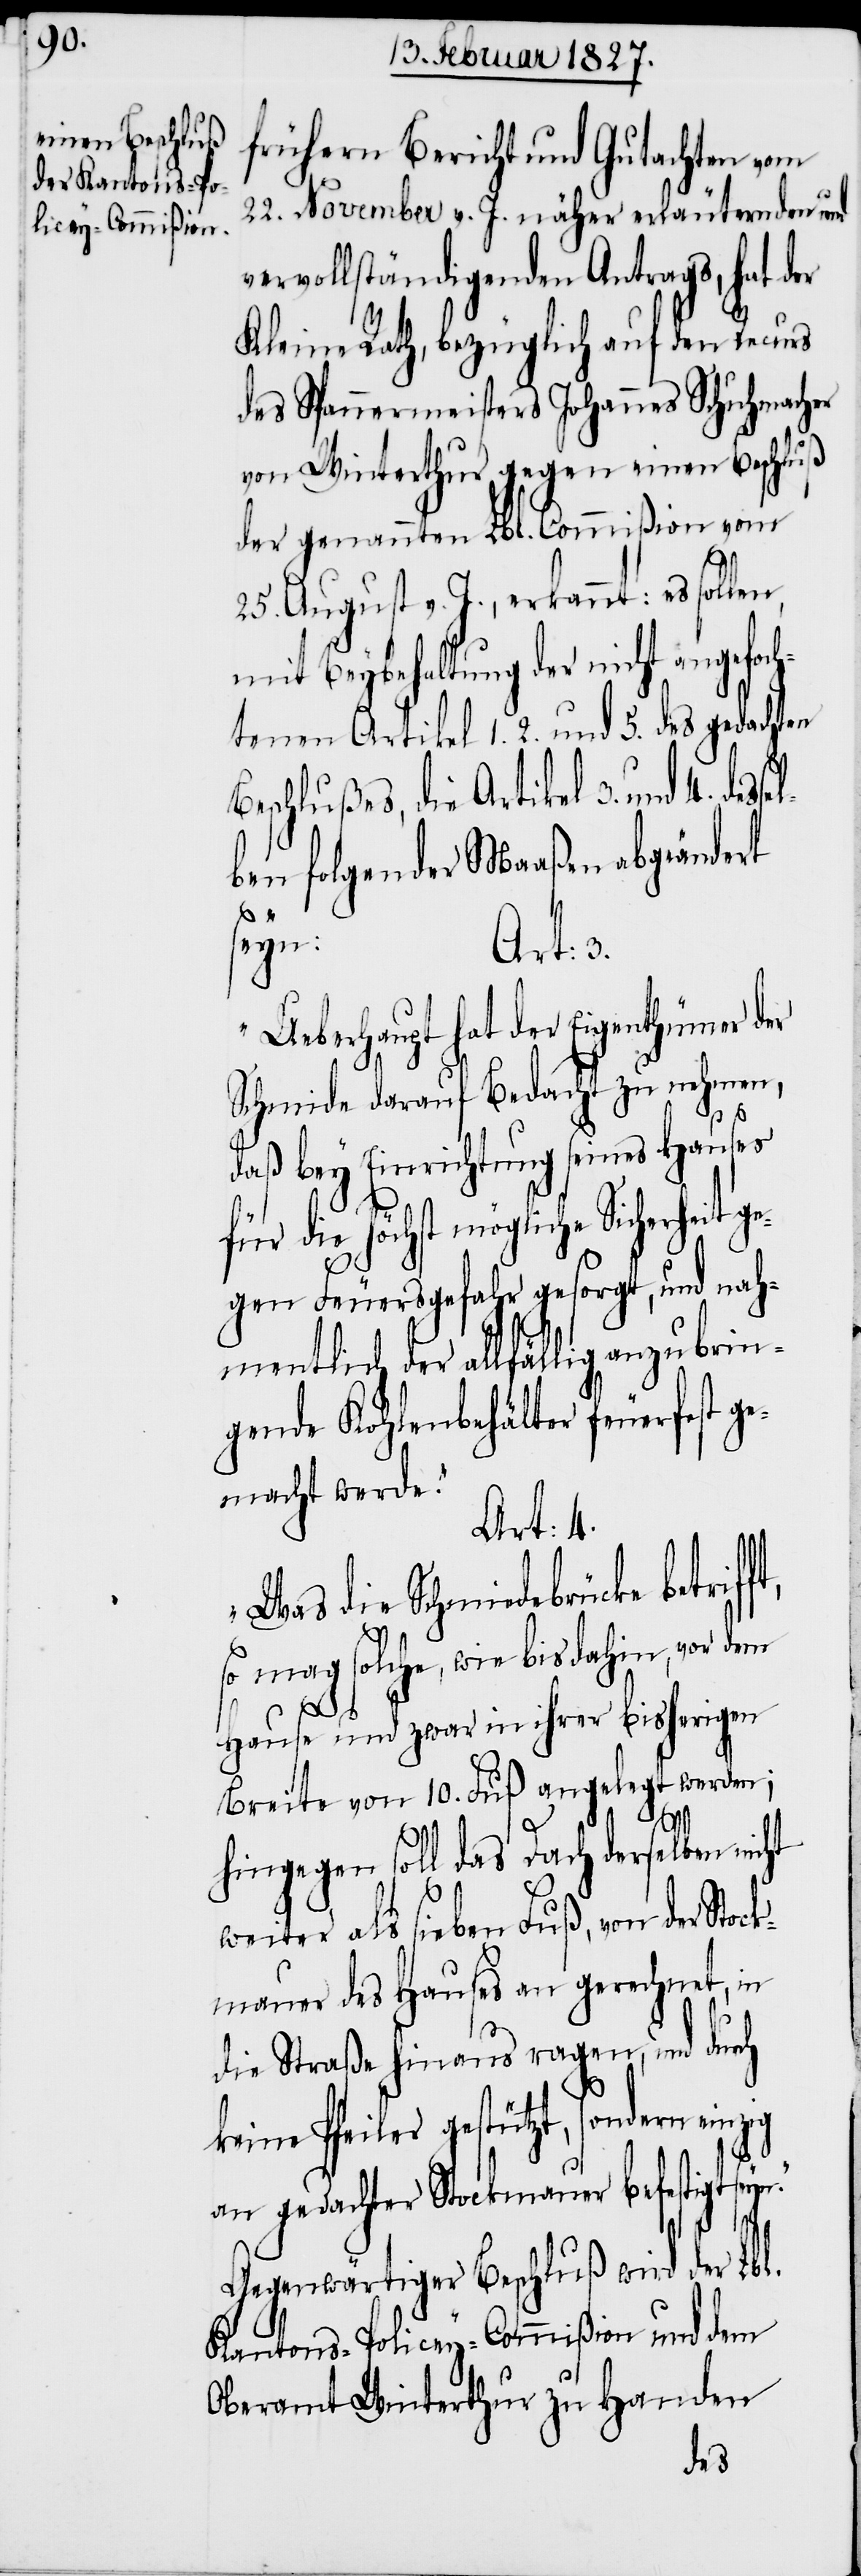
frühern Bericht und Gutachten vom
22. November v. J. näher erläuternden und
vervollständigenden Antrags, hat der
Kleine Rath, bezüglich auf den Recurs
des Spannermeisters Johannes Schuhmacher
von Winterthur gegen einen Beschluß
der genannten Lbl. Commißion vom
25. August v. J., erkannt: es sollen,
mit Beybehaltung der nicht angefoc¬
htenen Artikel 1.[,] 2. und 5. des gedachten
Beschlußes, die Artikel 3. und 4.
lben folgender Maaßen abgeändert
ft,
seyn.“
Art: 3.
„Ueberhaupt hat der Eigenthümer der
Schmide darauf Bedacht zu nehmen,
daß bey Einrichtung seines Hauses
für die höchst mögliche Sicherheit ge¬
gen Feuersgefahr gesorgt, und nah¬
mentlich der allfällig anzubrin¬
gende Kohlenbehälter feuerfest ge¬
macht werde.“
Art: 4.
„Was die Schmiedebrücke betrif¬
so mag solche, wie bis dahin, vor dem
Hause und zwar in ihrer bisherigen
Breite von 10. Fuß angelegt werden;
hingegen soll das Dach derselben
weiter als sieben Fuß, von der Stock¬
mauer des Hauses an gerechnet, in
die Straße hinaus ragen, und durch
keine Pfeiler gestützt, sondern
an gedachter Stockmauer befestigt
Gegenwärtiger Beschluß wird der Lbl.
Kantons-Policey-Commißion und dem
Oberamt Winterthur zu Handen
des¬